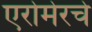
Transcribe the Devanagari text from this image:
एरोमेरचे